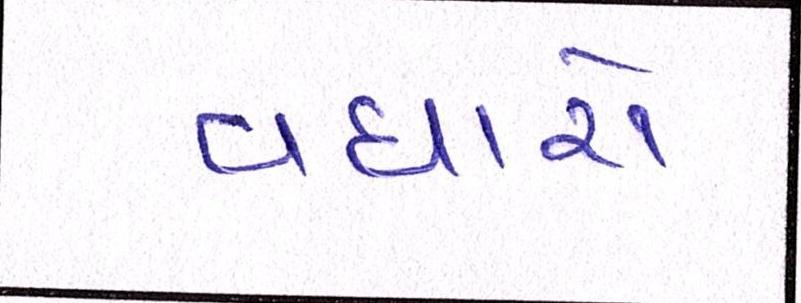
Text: વધારો